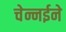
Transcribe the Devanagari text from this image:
चेन्नईने